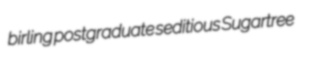
birling postgraduate seditious Sugartree